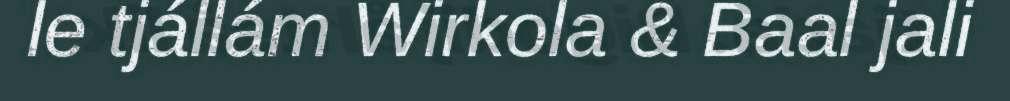
le tjállám Wirkola & Baal jali